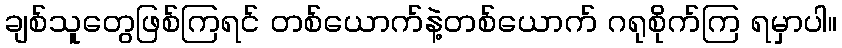
ချစ်သူတွေဖြစ်ကြရင် တစ်ယောက်နဲ့တစ်ယောက် ဂရုစိုက်ကြ ရမှာပါ။